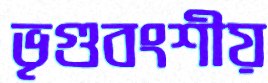
ভৃগুবংশীয়